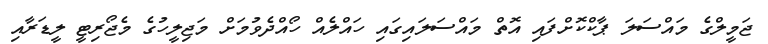
ޖަމީލްގެ މައްސަލަ ޕާކްކޮށްފައި އޮތް މައްސަލައިގައި ހައްލެއް ހޯއްދެވުމަށް މަޖިލީހުގެ މެޖޯރިޓީ ލީޑަރާއި